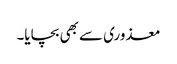
معذوری سے بھی بچایا۔